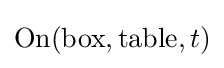
\mathrm {On} (\mathrm {box} ,\mathrm {table} ,t)